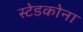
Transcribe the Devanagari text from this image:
स्टेडकोना